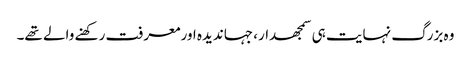
وہ بزرگ نہایت ہی سمجھدار، جہاندیدہ اورمعرفت رکھنے والے تھے۔